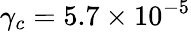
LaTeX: \gamma_{c}=5.7\times 10^{-5}